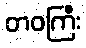
တဝကြီး